Indian journal of veterinary science and animal husbandry - Volume 12,
Year: 1942
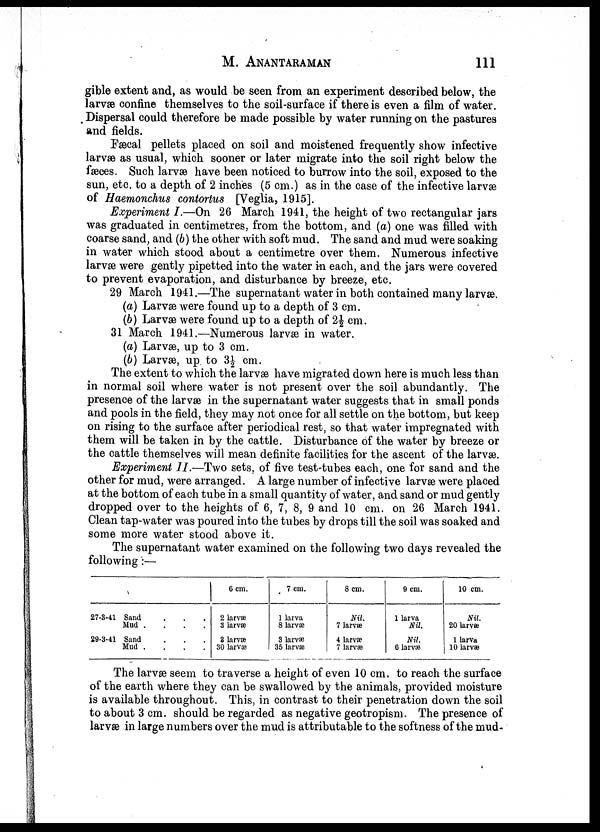
M.
ANANTARAMAN
111
gible extent and, as would be seen from an experiment described below, the
larvæ confine themselves to the soil-surface if there is even a film of water.
Dispersal could therefore be made possible by water running on the pastures
and fields.
Fæcal pellets placed on soil and moistened frequently show infective
larvæ as usual, which sooner or later migrate into the soil right below the
fæces. Such larvæ have been noticed to burrow into the soil, exposed to the
sun, etc. to a depth of 2 inches (5 cm.) as in the case of the infective larvæ
of Hæmonchus contortus [Veglia, 1915].
Experiment I.—On 26 March 1941, the height of two rectangular jars
was graduated in centimetres, from the bottom, and (a) one was filled with
coarse sand, and (b) the other with soft mud. The sand and mud were soaking
in water which stood about a centimetre over them. Numerous infective
larvæ were gently pipetted into the water in each, and the jars were covered
to prevent evaporation, and disturbance by breeze, etc.
29 March 1941.—The supernatant water in both contained many larvæ.
(a) Larvæ were found up to a depth of 3 cm.
(b) Larvæ were found up to a depth of 2½ cm.
31 March 1941.—Numerous larvæ in water.
(a) Larvæ, up to 3 cm.
(b) Larvæ, up to 3½ cm.
The extent to which the larvæ have migrated down here is much less than
in normal soil where water is not present over the soil abundantly. The
presence of the larvæ in the supernatant water suggests that in small ponds
and pools in the field, they may not once for all settle on the bottom, but keep
on rising to the surface after periodical rest, so that water impregnated with
them will be taken in by the cattle. Disturbance of the water by breeze or
the cattle themselves will mean definite facilities for the ascent of the larvæ.
Experiment II.—Two sets, of five test-tubes each, one for sand and the
other for mud, were arranged. A large number of infective larvæ were placed
at the bottom of each tube in a small quantity of water, and sand or mud gently
dropped over to the heights of 6, 7, 8, 9 and 10 cm. on 26 March 1941.
Clean tap-water was poured into the tubes by drops till the soil was soaked and
some more water stood above it.
The supernatant water examined on the following two days revealed the
following :—
27-8-41
29-3-41
Sand ....
Mud
.
.
.
.
Sand ....
Mud
.
.
.
.
6 cm.
2 larvæ
3 larvæ
3 larvæ
30 larvæ
7 cm.
1 larva
8 larvæ
3 larvæ
35 larvæ
8 cm.
Nil.
7 larvæ
4 larvæ
7 larvæ
9 cm.
1 larva
Nil.
Nil.
6 larvæ
10 cm.
Nil.
20 larvæ
1 larva
10 larvæ
The larvæ seem to traverse a height of even 10 cm. to reach the surface
of the earth where they can be swallowed by the animals, provided moisture
is available throughout. This, in contrast to their penetration down the soil
to about 3 cm. should be regarded as negative geotropism. The presence of
larvæ in large numbers over the mud is attributable to the softness of the mud-